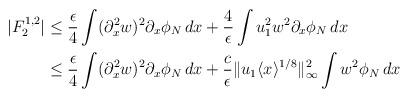
LaTeX: \begin{align*}|F^{1,2}_2| &\le \frac{\epsilon}4\int (\partial_x^2 w)^2\partial_x\phi_N\,dx+\frac{4}{\epsilon}\int u^2_1 w^2 \partial_x\phi_N\,dx\\&\le \frac{\epsilon}4\int (\partial_x^2 w)^2\partial_x\phi_N\,dx+\frac{c}{\epsilon}\|u_1\langle x\rangle^{1/8}\|_{\infty}^2\int w^2\phi_N\,dx\end{align*}